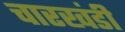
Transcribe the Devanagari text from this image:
चारखंडी